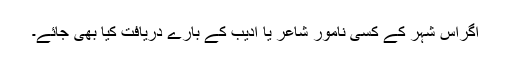
اگراس شہر کے کسی نامور شاعر یا ادیب کے بارے دریافت کِیا بھی جائے۔